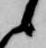
候